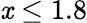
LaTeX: \mathit{x}\le1.8